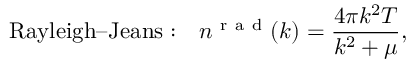
\mathrm { R a y l e i g h – J e a n s : } \quad n ^ { \mathrm { ~ r ~ a ~ d ~ } } ( k ) = \frac { 4 \pi k ^ { 2 } T } { k ^ { 2 } + \mu } ,